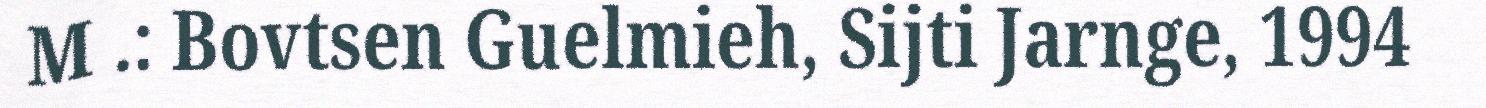
M .: Bovtsen Guelmieh, Sijti Jarnge, 1994